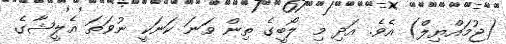
(ޖުމައްޔިލް) އެވެ. އަދި މި ލޯބީގެ ތިން ވަނަ ކަނަކީ ނުވަތަ އެލީޝާގެ